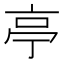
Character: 亭